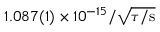
\ensuremath { 1 . 0 8 7 ( 1 ) \times 1 0 ^ { - 1 5 } } { } / \sqrt { \tau / \mathrm { { s } } }